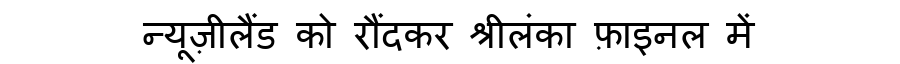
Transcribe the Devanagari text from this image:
न्यूज़ीलैंड को रौंदकर श्रीलंका फ़ाइनल में